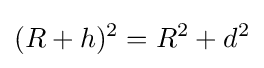
(R+h)^{2}=R^{2}+d^{2}\,\!